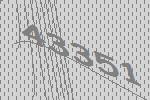
43351